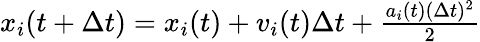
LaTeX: \begin{array}{r}{x_{i}(t+\Delta t)=x_{i}(t)+v_{i}(t)\Delta t+\frac{a_{i}(t)(\Delta t)^{2}}{2}}\end{array}